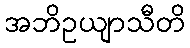
အဘိဥယျာသီတိ